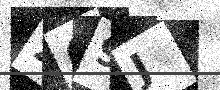
Text: 269J